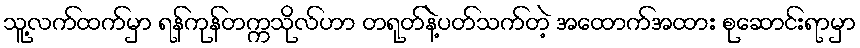
သူ့လက်ထက်မှာ ရန်ကုန်တက္ကသိုလ်ဟာ တရုတ်နဲ့ပတ်သက်တဲ့ အထောက်အထား စုဆောင်းရာမှာ